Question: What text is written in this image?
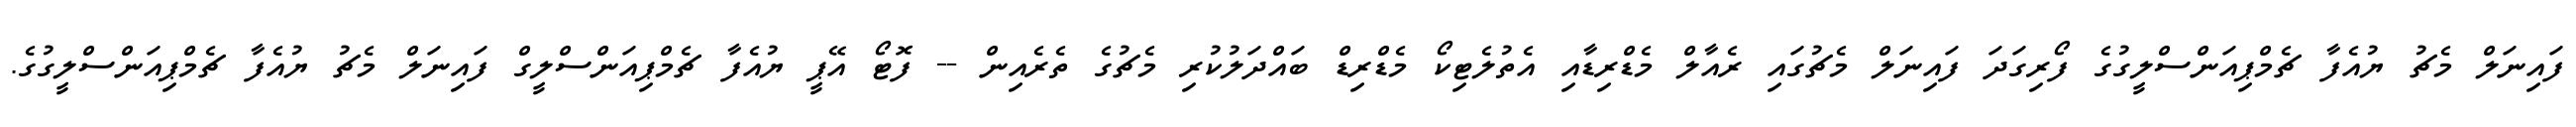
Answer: ފައިނަލް މެޗު ޔުއެފާ ޗެމްޕިއަންސްލީގުގެ ފޯރިގަދަ ފައިނަލް މެޗުގައި ރެއާލް މެޑްރިޑާއި އެތުލެޓިކޯ މެޑްރިޑް ބައްދަލުކުރި މެޗުގެ ތެރެއިން -- ފޮޓޯ އޭޕީ ޔުއެފާ ޗެމްޕިއަންސްލީގް ފައިނަލް މެޗު ޔުއެފާ ޗެމްޕިއަންސްލީގުގެ.